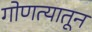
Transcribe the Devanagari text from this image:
गोणत्यातून